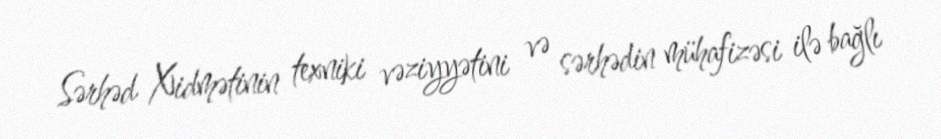
Sərhəd Xidmətinin texniki vəziyyətini və sərhədin mühafizəsi ilə bağlı